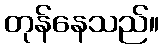
တုန်နေသည်။